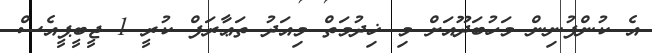
އެ ކުންފުނިން މަހުބަދޫއަށް މި ޚިދުމަތް މިއަދު ތަޢާރަފް ކުރީ 1 ޖީބީޕީއެސް